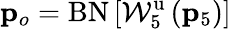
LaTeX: {\mathbf p}_{o}=\mathrm{BN}\left[\mathcal{W}_{5}^{\mathrm{u}}\left(\mathbf{p}_{5}\right)\right]